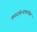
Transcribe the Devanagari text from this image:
कादंबऱ्यामार्फत